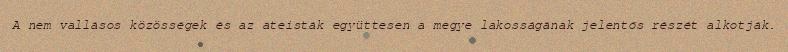
A nem vallásos közösségek és az ateisták együttesen a megye lakosságának jelentős részét alkotják.